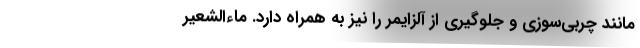
مانند چربی‌سوزی و جلوگیری از آلزایمر را نیز به همراه دارد. ماءالشعیر